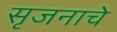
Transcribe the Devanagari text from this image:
सृजनाचे